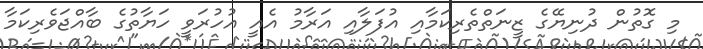
މި ގޮތުން ދުނިޔޭގެ ޒީނަތްތެރިކަމާއި އުފަލާއި އަރާމު އެއީ އުހުރަވީ ހަޔާތުގެ ބާއްޖަވެރިކަމާ